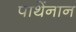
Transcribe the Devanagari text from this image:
पाथेंनान